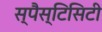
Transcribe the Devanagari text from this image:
स्पैस्टिसिटी